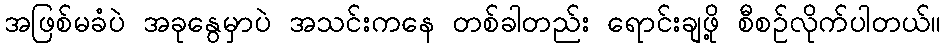
အဖြစ်မခံပဲ အခုနွေမှာပဲ အသင်းကနေ တစ်ခါတည်း ရောင်းချဖို့ စီစဉ်လိုက်ပါတယ်။